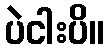
ပဲငါးပိ။